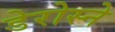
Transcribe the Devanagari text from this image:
डेरोस्ने